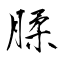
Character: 腬